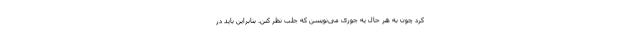
کرد چون به هر حال یه جوری می­نویسن که جلب نظر کنن. بنابراین باید در